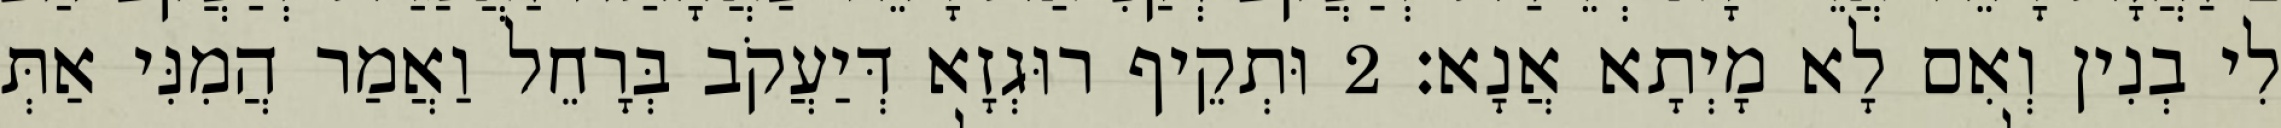
לִי בְנִין וְאִם לָא מָיְתָא אֲנָא׃ 2 וּתְקֵיף רוּגְזָא דְּיַעֲקֹב בְּרָחֵל וַאֲמַר הֲמִנִּי אַתְּ